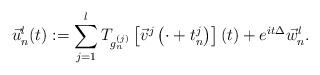
LaTeX: \begin{align*}\vec{u}_{n}^{l}(t):=\sum_{j=1}^{l} T_{g_{n}^{(j)}}\left[\vec{v}^{j}\left(\cdot+t_{n}^{j}\right)\right](t)+e^{i t \Delta} \vec{w}_{n}^{l}.\end{align*}